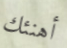
أهنئك